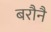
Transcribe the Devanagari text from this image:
बरौनै